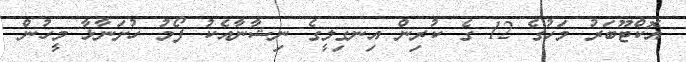
އޮކްޓޫބަރު މަހުގެ 12 ގެ ކުރިން އިނގިލީގެ ނިޝާނާއެކު ފޯމު ހުށަނާޅާ މީހުން